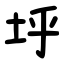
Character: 垀